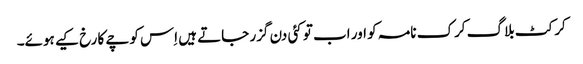
کرکٹ بلاگ کرک نامہ کو اور اب تو کئی دن گزر جاتے ہیں اِس کوچے کا رخ کیے ہوئے۔